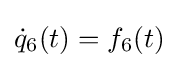
{\textstyle {\dot {q}}_{6}(t)=f_{6}(t)}